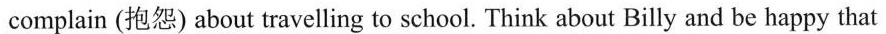
complain (抱怨) about travelling to school. Think about Billy and be happy that